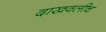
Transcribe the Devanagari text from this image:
दाखवलीच